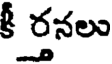
కీ ర్తనలు